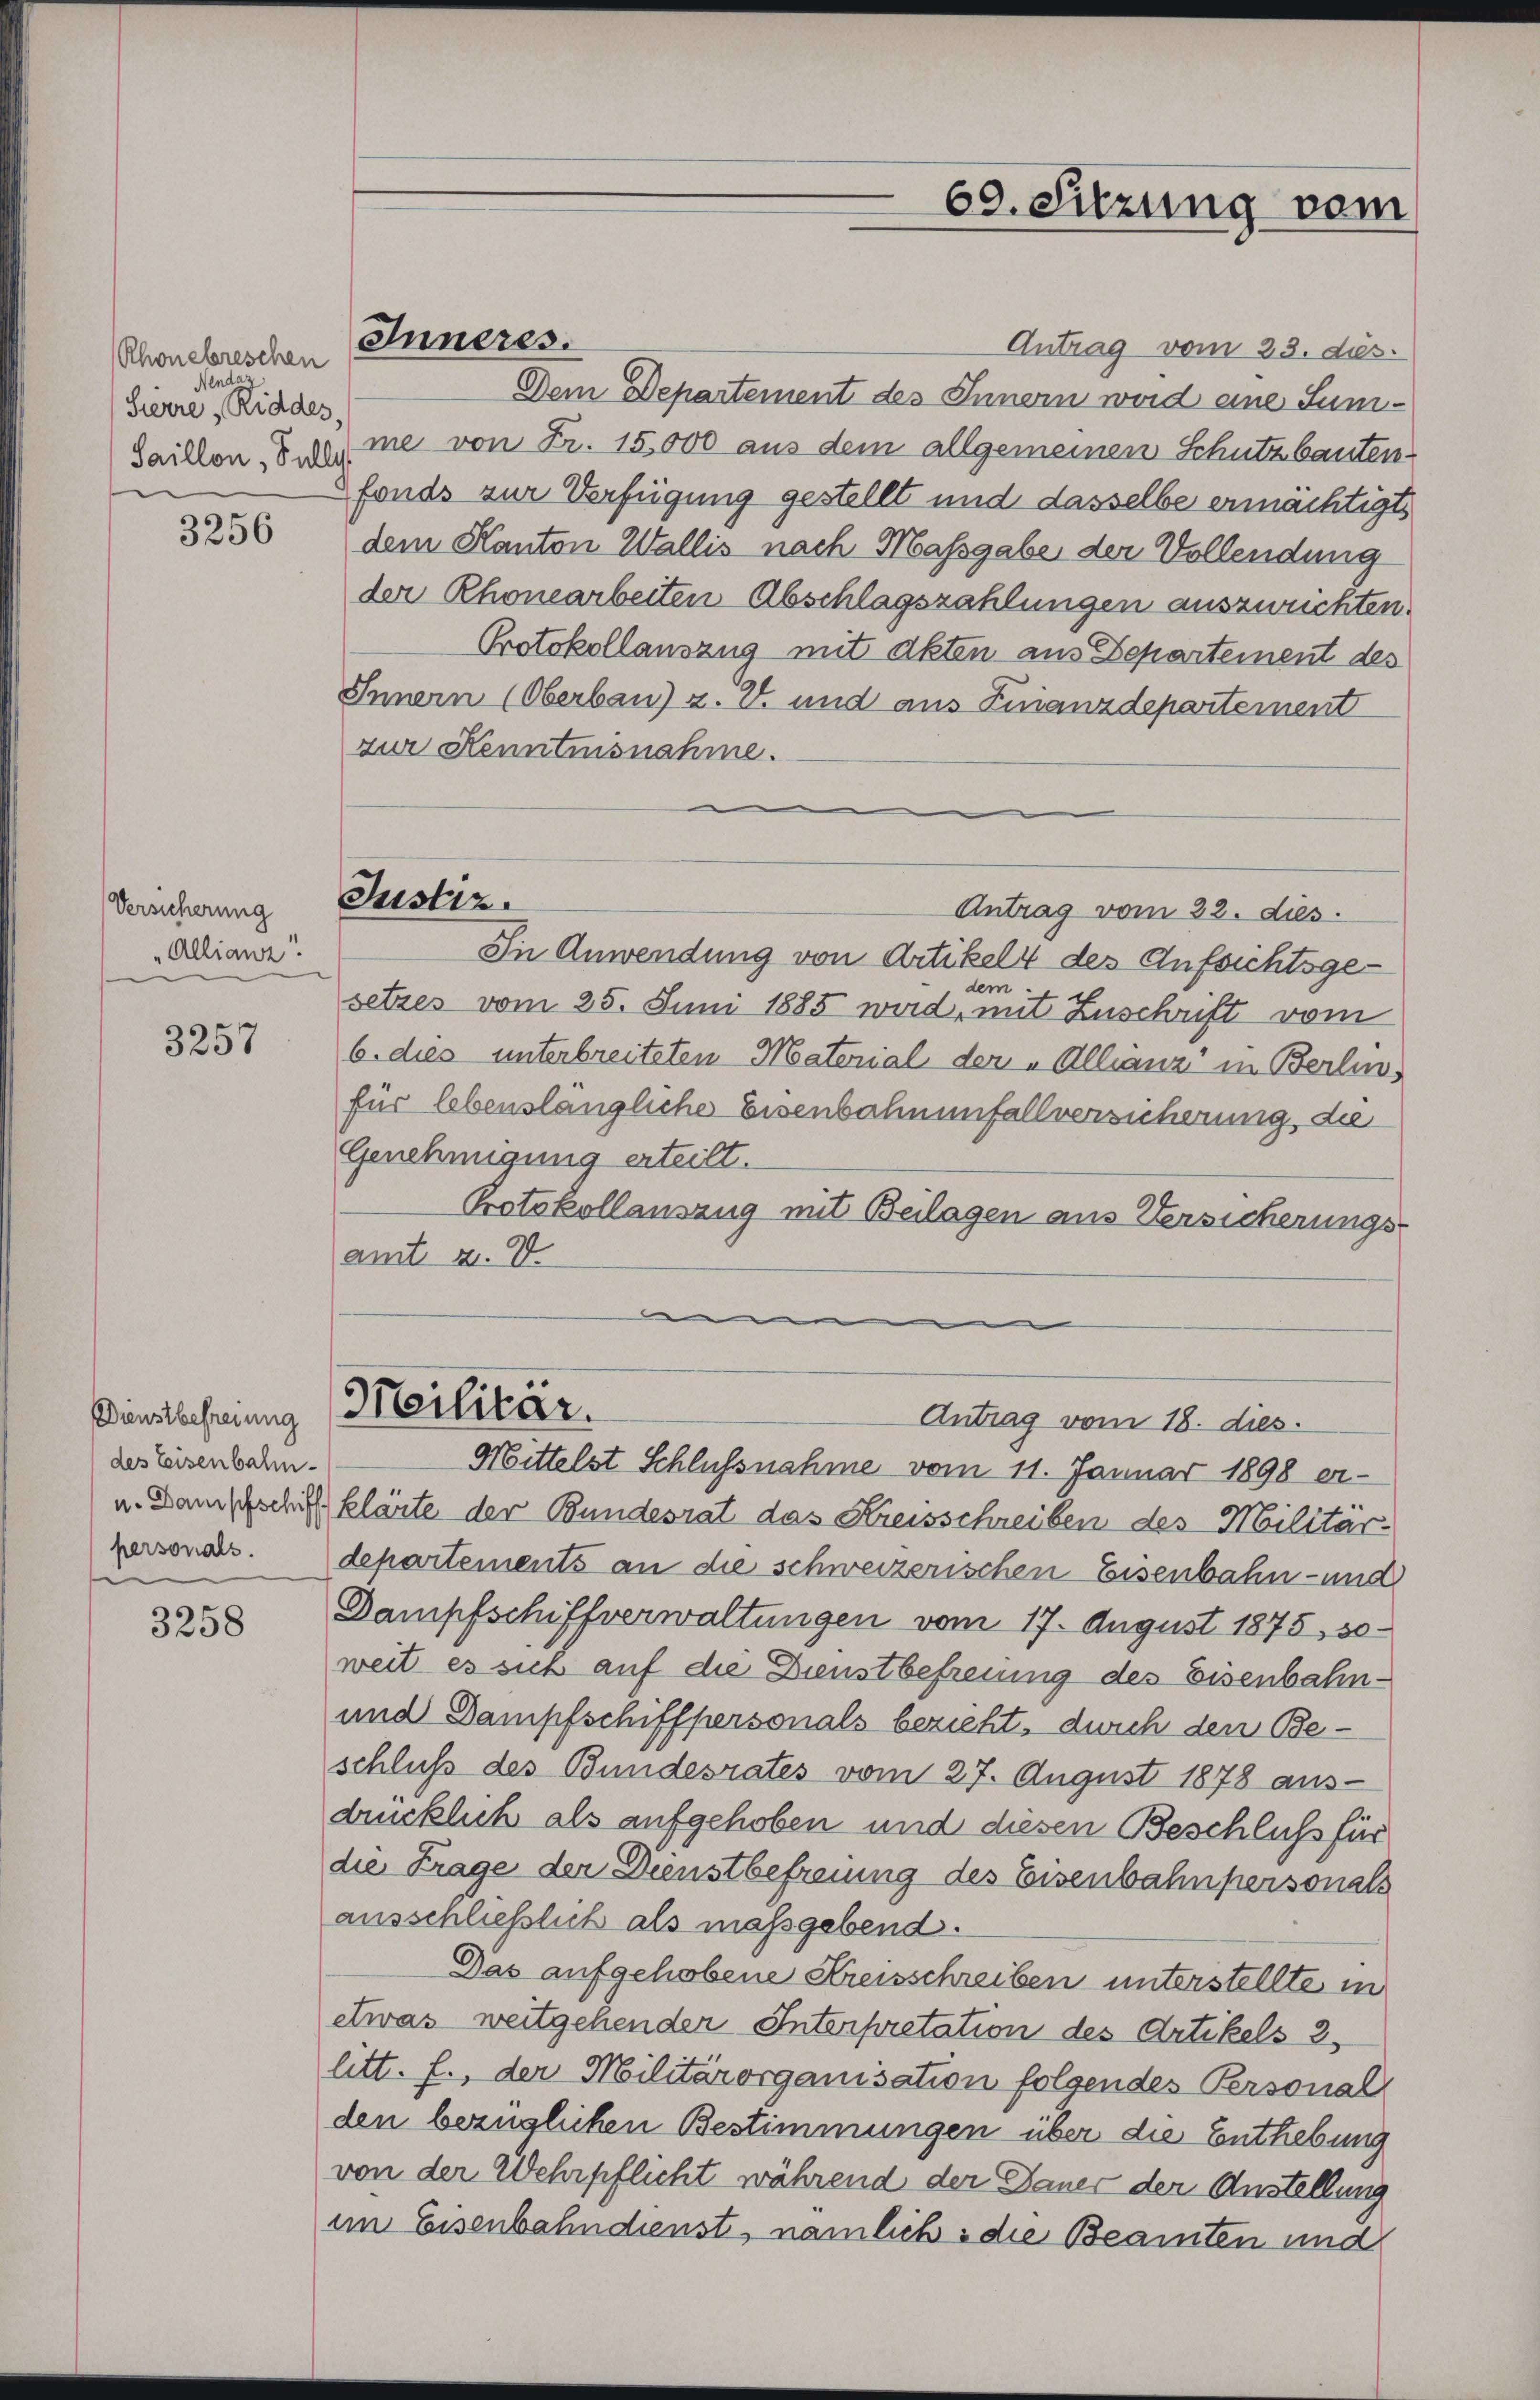
Rhonebreschen
Nendar
Sierre, Riddes
Saillon, Fully

3256

Versicherung
„Allianz

3257

Dienstbefreiung
des Eisenbahnpersonals.

3258

Inneres.

Antrag vom 23. ds.
Dem Departement des Innern wird eine Summe von Fr. 15,000 aus dem allgemeinen Schutzbautenfonds zur Verfügung gestellt und dasselbe ermächtigt
dem Kanton Wallis nach Massgabe der Vollendung
der Rhonearbeiten Abschlagszahlungen auszurichten.
Protokollauszug mit Akten aus Departement des
Innern (Oberbau) z. Z. und aus Finanzdepartement
zur Kenntnisnahme.
Justiz.
Antrag vom 22. dies
In Anwendung von Artikelt des Aufsichtsgedem
setzes vom 25. Juni 1885 wird, mit Zuschrift vom
6. dies unterbreiteten Material der „Allianz in Berlinfür lebenslängliche Eisenbahnenfallversicherung, die
Genehmigung erteilt.
Protokollanszug mit Beilagen aus Versicherungs-
amt N. V.

69. Sitzung vom

Militär.
Antrag vom 18. dies
Mittelst Schlussnahme vom 11. Januar 1898 er-

u. Dampfschrift klärte der Bundesrat das Kreisschreiben des Militärdepartements an die schweizerischen Eisenbahn- und
Dampfschiffverwaltungen vom 17. August 1875, 30
weit es sich auf die Dienstbefreiung des Eisenbahn¬
und Dampfschiffpersonals bezieht, durch den Be-
schluß des Bundesrates vom 27. August 1878 aus-
drücklich als aufgehoben und diesen Beschluß für
die Frage der Dienstbefreung des Eisenbahnpersonals
ausschließlich als maßgebend.
Das aufgehobene Kreisschreiben unterstellte in
etwas weitgehender Interpretation des Artikels 2
litt. f., der Militärorganisation folgendes Personal
den bezüglichen Bestimmungen über die Entlebung
von der Wehrpflicht während der Dauer der Anstellung
im Eisenbahndienst, nämlich die Beamten und